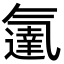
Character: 𬇓